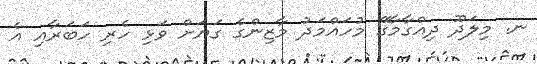
ނ. މިލަދޫ ދިއްގާމާގޭ މުހައްމަދު މާޒިންގެ ގަޔަށް ވަޅި ހެރި ހަބަރާއި އެ